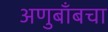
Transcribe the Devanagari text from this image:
अणुबाँबचा